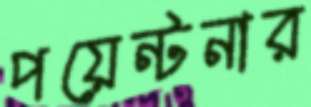
পয়েন্টনার